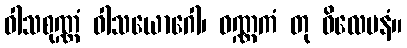
ဝါသစုဏ္ဏံ ဝါသယောဂေါ၊ ဝဏ္ဏကံ တု ဝိလေပနံ။